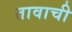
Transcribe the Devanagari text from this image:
तावाची